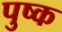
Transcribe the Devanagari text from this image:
पुष्क